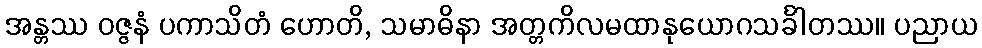
အန္တဿ ဝဇ္ဇနံ ပကာသိတံ ဟောတိ, သမာဓိနာ အတ္တကိလမထာနုယောဂသင်္ခါတဿ။ ပညာယ